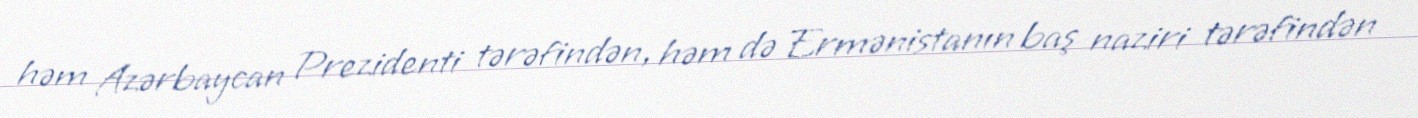
həm Azərbaycan Prezidenti tərəfindən, həm də Ermənistanın baş naziri tərəfindən